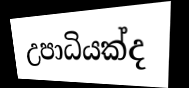
උපාධියක්ද